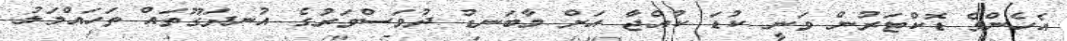
އެހެންވެ ޑޮކްޓަރުން ވަނީ ކުޑަ ކުއްޖާ އަށް މާބަނޑު ދުވަސްވަރުގެ އުނދަގޫތައް ތަހައްމަލު